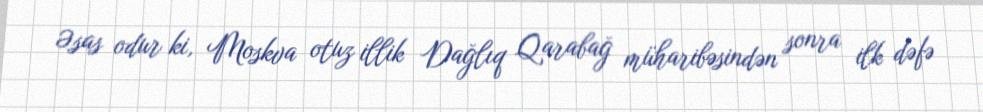
Əsas odur ki, Moskva otuz illik Dağlıq Qarabağ müharibəsindən sonra ilk dəfə